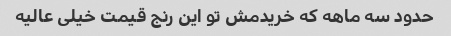
حدود سه ماهه که خریدمش تو این رنج قیمت خیلی عالیه